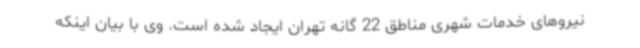
نیروهای خدمات شهری مناطق 22 گانه تهران ایجاد شده است. وی با بیان اینکه